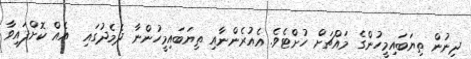
ދިނުން ތިޔަބައިމީހުންގެ މައްޗަށް ހުށްޓެވެ. އެއުރެންނާއި ތިޔަބައިމީހުންނާ ދެމެދުގައި  އެއް ކޮށްފައިވާ